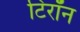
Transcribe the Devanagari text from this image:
टिरॉन